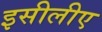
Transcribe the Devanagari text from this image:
इसीलीए